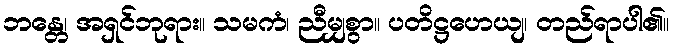
ဘန္တေ၊ အရှင်ဘုရား။ သမကံ၊ ညီမျှစွာ။ ပတိဋ္ဌဟေယျ၊ တည်ရာပါ၏။